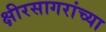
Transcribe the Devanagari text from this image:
क्षीरसागरांच्या